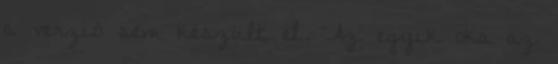
a verzió sem készült el. Az egyik oka az